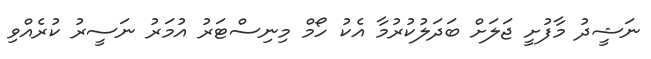
ނަޝީދު މާފުށީ ޖަލަށް ބަދަލުކުރުމާ އެކު ހޯމް މިނިސްޓަރު އުމަރު ނަސީރު ކުރެއްވި